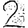
Digit: 2